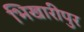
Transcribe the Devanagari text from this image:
भिखारीपुर